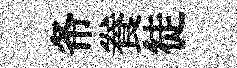
𢁙飬徒